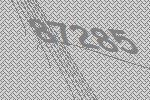
87285